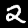
Label: 2